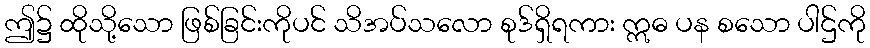
ဤ၌ ထိုသို့သော ဖြစ်ခြင်းကိုပင် သိအပ်သလော စုဒ်ရှိရကား ဣဓ ပန စသော ပါဌ်ကို